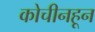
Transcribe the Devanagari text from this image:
कोचीनहून